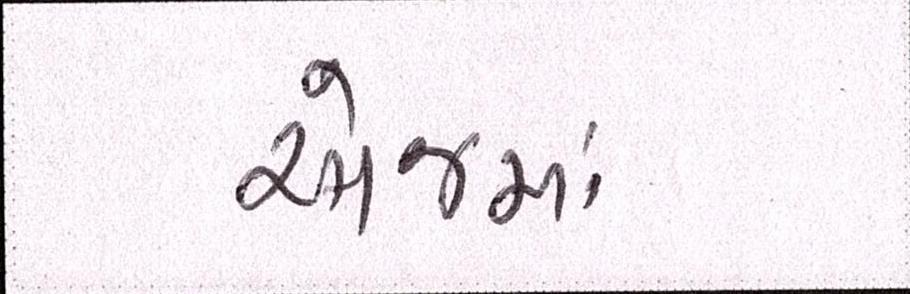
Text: એજમાં